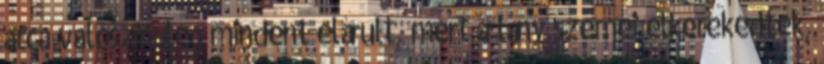
arca valószínűleg mindent elárult, mert a lány szemei elkerekedtek,